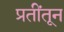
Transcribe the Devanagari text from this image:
प्रतींतून